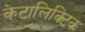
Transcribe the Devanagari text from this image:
केटालिक्टिक